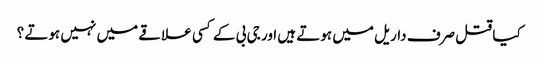
کیا قتل صرف داریل میں ہوتے ہیں اور جی بی کے کسی علاقے میں نہیں ہوتے ؟